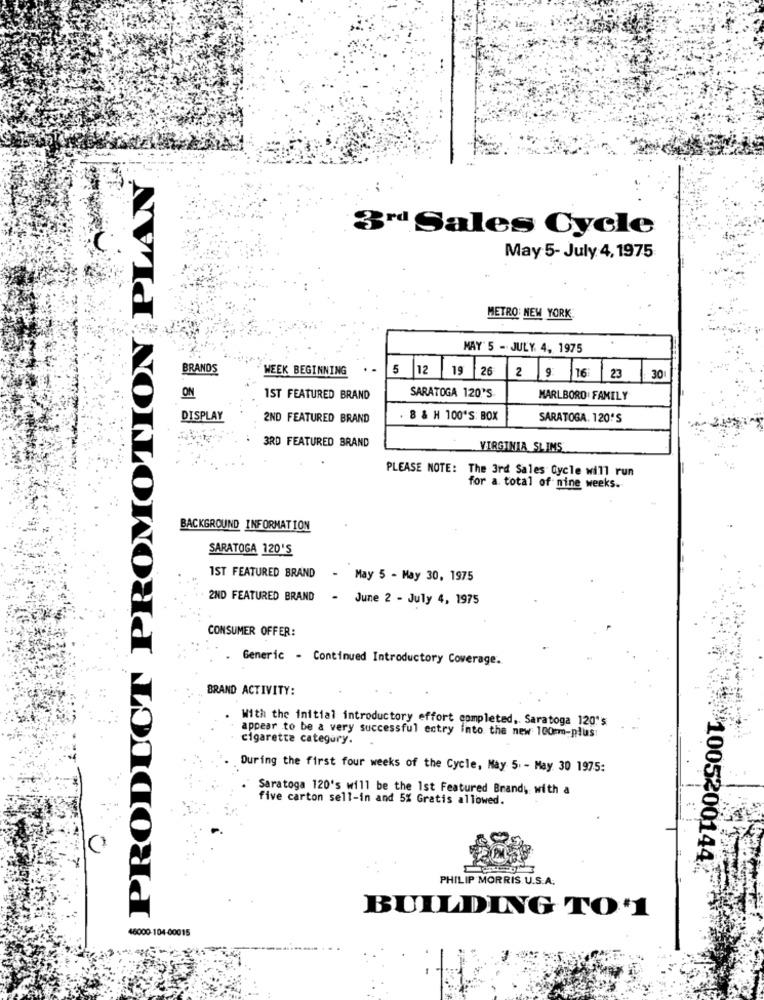
PRODUCT PROMOTION PLAN
3" Sales Cycle
May 5- July 4, 1975
METRO NEW YORK
MAY' 5 - JULY. 4, 1975
BRANDS
WEEK BEGINNING
5 12 19 26 2 9 16: 23
30
ON
1ST FEATURED BRAND
SARATOGA 120'S
MARLBORO FAMILY
DISPLAY
2ND FEATURED BRAND
. 8 & H 100'S: BOX
SARATOGA. 120'S
3RD FEATURED BRAND
VIRGINIA SLIMS
PLEASE NOTE: The 3rd Sales Cycle will run
for a total of nine weeks.
BACKGROUND INFORMATION
SARATOGA 120'S
1ST FEATURED BRAND
- May 5 - May 30, 1975
2ND FEATURED BRAND
- June 2 - July 4, 1975
CONSUMER OFFER:
. Generic - Continued Introductory Coverage.
BRAND ACTIVITY:
With the initial introductory effort completed ,. Saratoga 120's
appear to be a very successful ectry into the new 100mm-plus
cigarette category.
During the first four weeks of the Cycle, May 5. - May. 30 1975:
Saratoga 120's will be the 1st Featured Brand, with a
five carton sell-in and 5% Gratis allowed.
1005200144
PHILIP MORRIS. U.S.A.
BUILDING TO'1
16000-104-00015